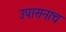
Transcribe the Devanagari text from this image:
उपासनाच